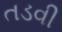
તડવી